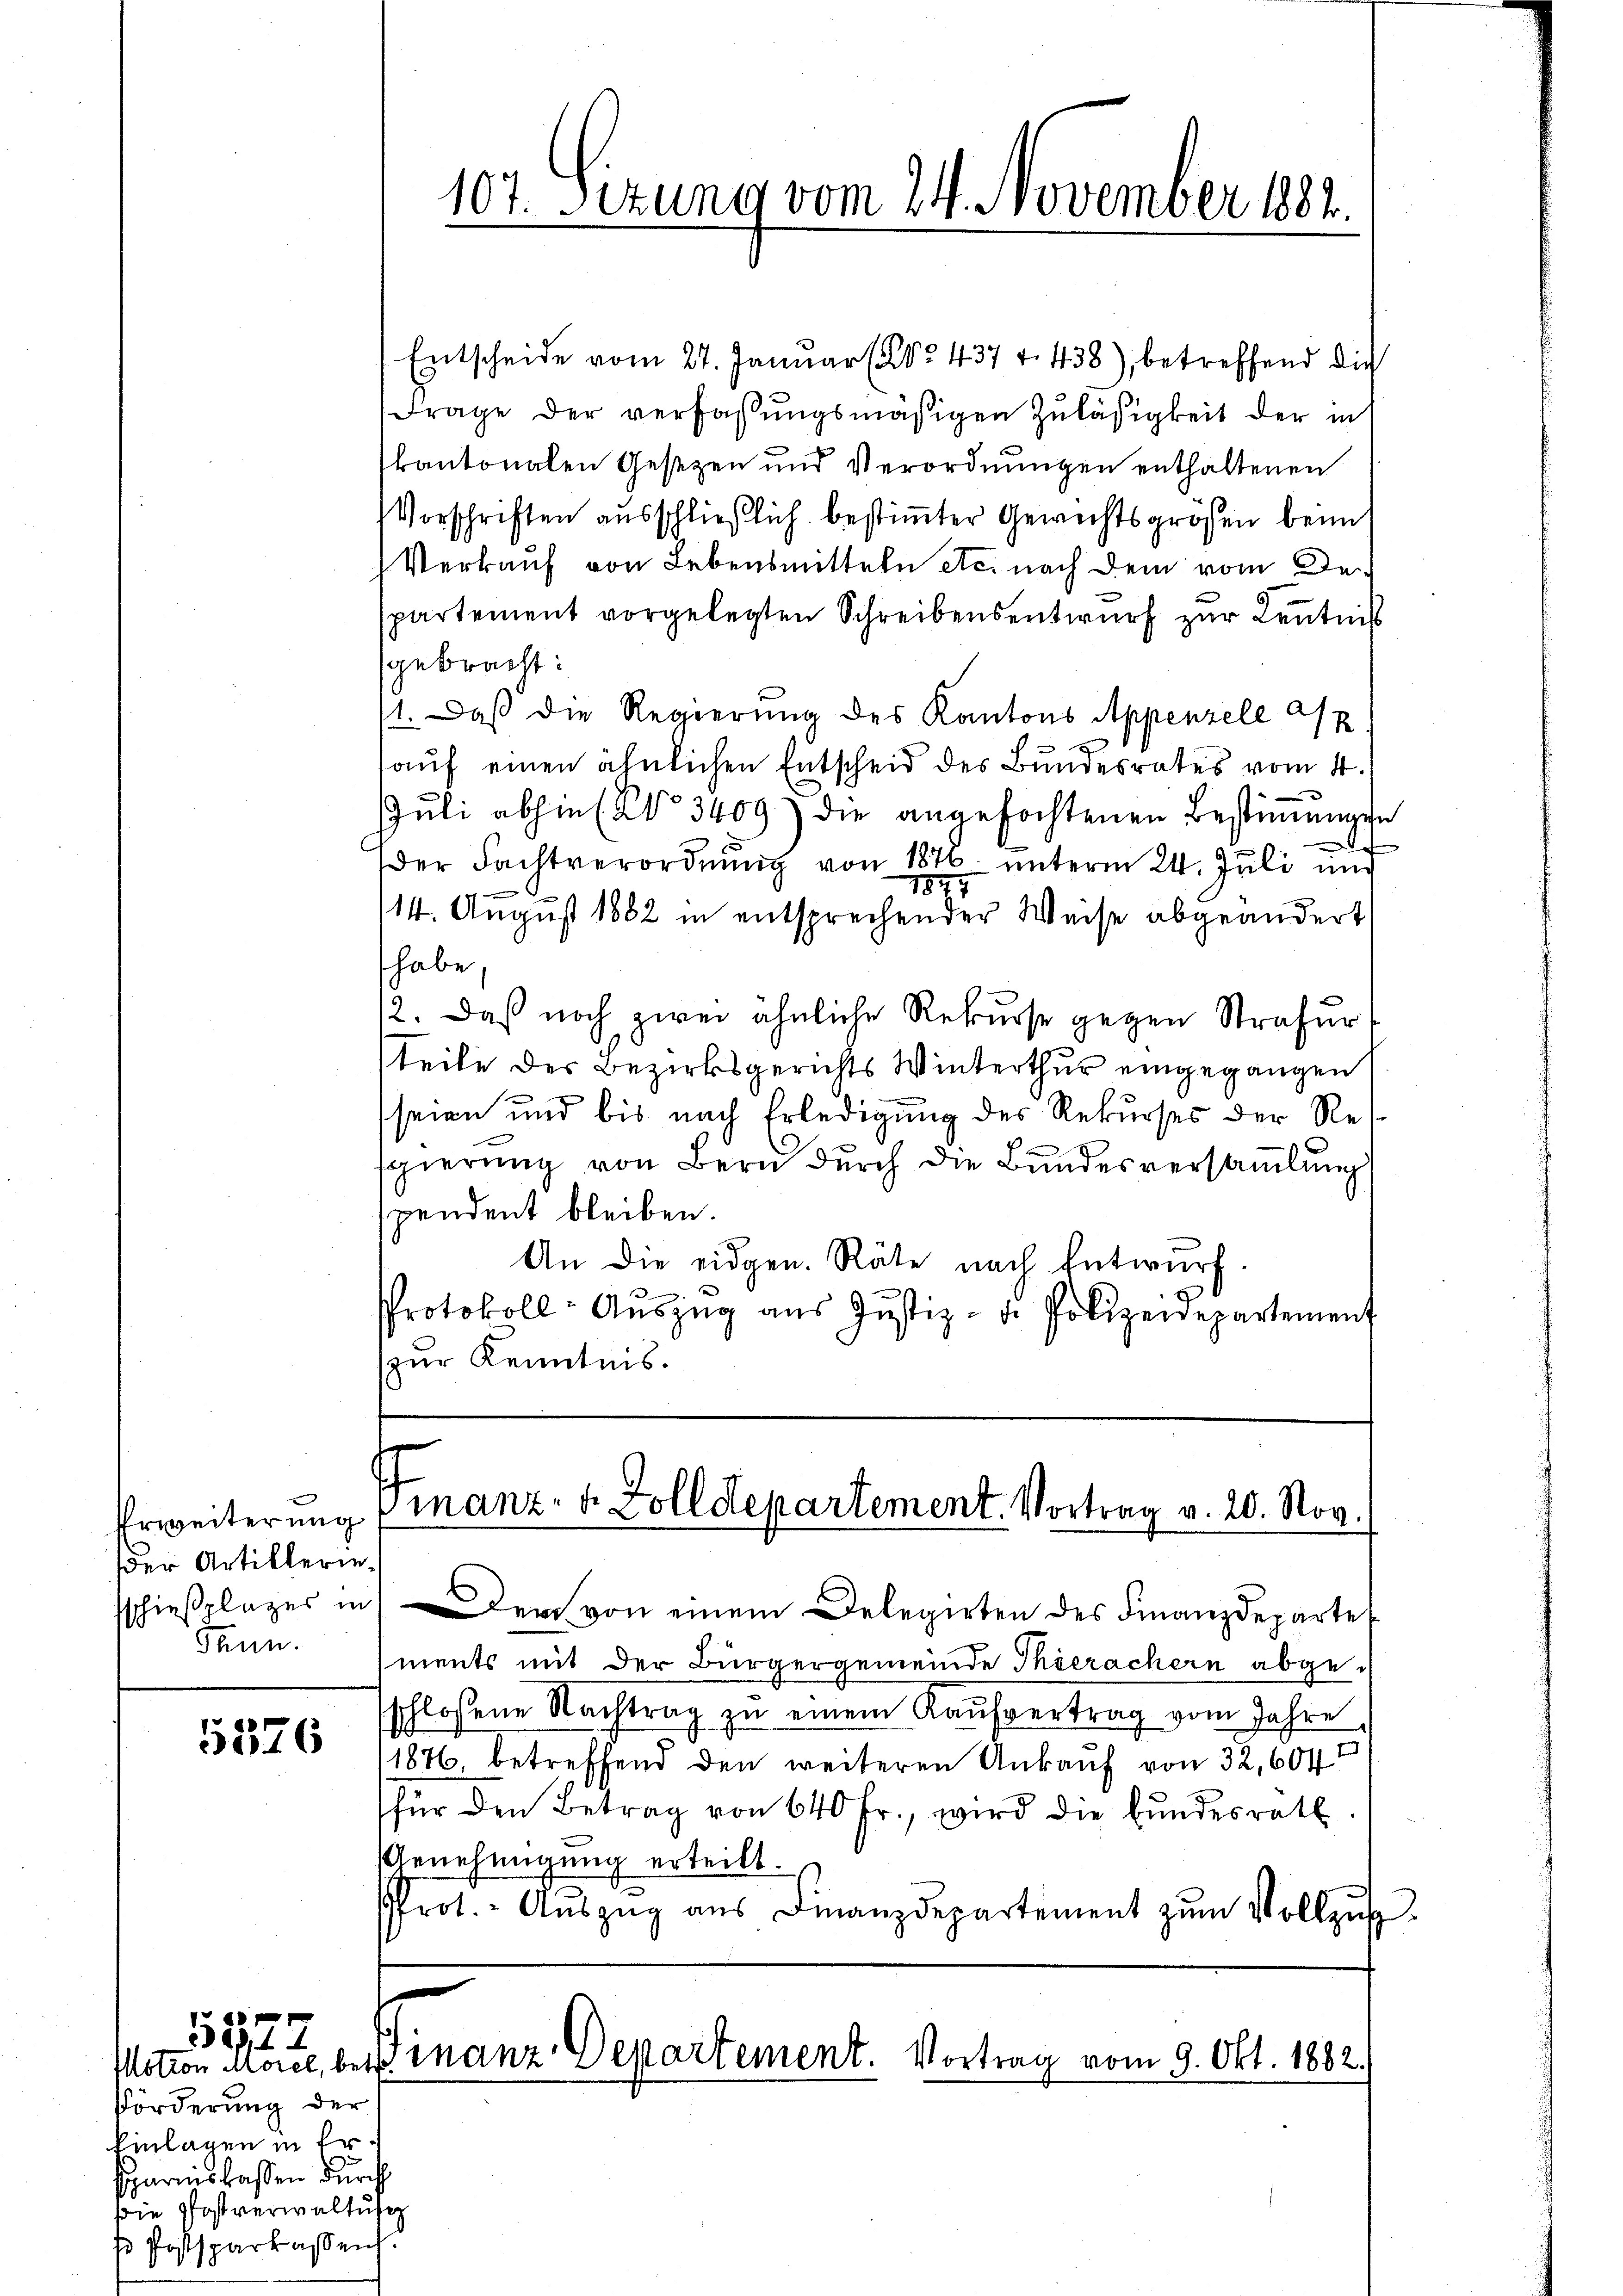
Erweiterung
der Artillerie
sschießplatzes in
daun.

5576

Entscheide vom 27. Januar (No. 437 f. 438), betreffend die
Frage der verfaßungsmäßigen Zuläßigkeit der in
kantonalen Gesezen und Verordnungen enthaltenen
Vorschriften ausschließlich bestimmter Gewichtsgrößen beim
Verkauf von Lebensmitteln etc. nach dem vom Despartement vorgelegten Schreibensentwurf zur Kenntnis
sgebracht:
11. Daß die Regierung des Kantons Appenzele ap
auf einen ähnlichen Entscheid des Bundesrates vom 4.
JJuli abhin No 3409) die angefochtenen Bestimmungen
der Fachtverordnung von 1876 unterm 24. Juli und
1877
14. August 1882 in entsprechender Weise abgeändert
habe.
2. Daß noch zwei ähnliche Rekurse gegen Strafurteile der Bezirksgerichts Winterthur eingegangen
seien und bis nach Erledigung des Rekurses der Ressgierung von Bern durch die Bundesversammlung
spendent bleiben.
An die eidgen. Räte nach Entwurf.
.
Protokoll-Auszug aus Justiz- u. Polizeidepartement
zur Kenntnis.

Förderung der
Einlagen in Ersparnislassen durch
die Pfostverwaltung
s Postsparkassen.

5577

107. Sizung vom 24. November 182.

Finanz- u. Zolldepartement. Vortrag v. 20. Nov.

Motion Morel, bei inanz-Departement. Vortrag vom 9. Okt. 1882.

Dem von einem Delegirten des Finanzdeparte
ments mit der Bürgergemeinde Thierachern abgeschlossene Nachtrag zu einem Kaŭfvertrag vom Jahre
1876 betreffend den weiteren Ankauf von 32, 604
für den Betrag von 640 fr., wird die bundesrath.
Annehmigung erteilt.
rot. Aŭszŭg aŭs Finanzdepartement zŭm Vollzŭs